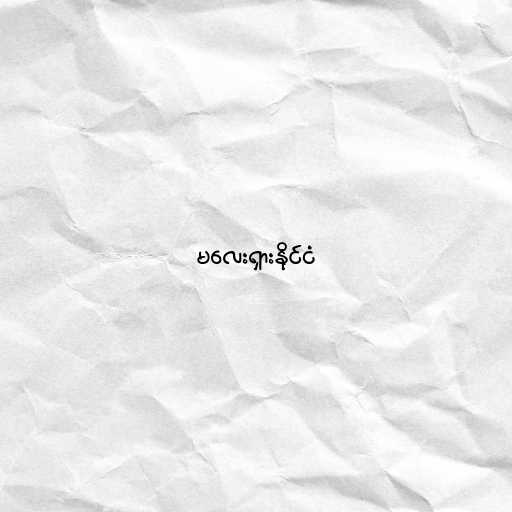
မလေးရှားနိုင်ငံ